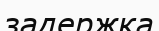
задержка